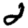
Digit: 2